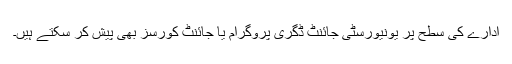
ادارے کی سطح پر یونیورسٹی جائنٹ ڈگری پروگرام یا جائنٹ کورسز بھی پیش کر سکتے ہیں۔